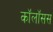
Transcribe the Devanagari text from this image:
कॉलॉसस